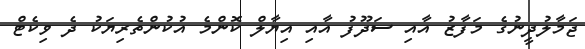
ޖަމާލުދީނުގެ މަފާޒު އާއި ސަދޫފު އާއި އިޔާލް ކޮންމެ އުކުންތެރިޔަކު ދެ ވިކެޓް